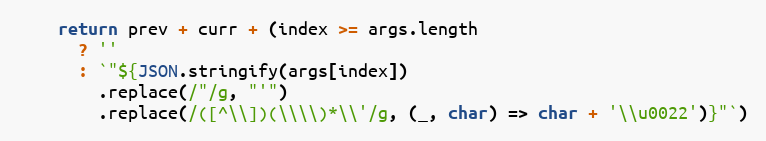
Language: JavaScript
    return prev + curr + (index >= args.length
      ? ''
      : `"${JSON.stringify(args[index])
        .replace(/"/g, "'")
        .replace(/([^\\])(\\\\)*\\'/g, (_, char) => char + '\\u0022')}"`)